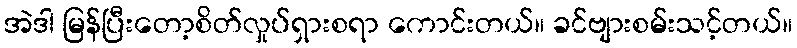
အဲဒါ မြန်ပြီးတော့စိတ်လှုပ်ရှားစရာ ကောင်းတယ်။ ခင်ဗျားစမ်းသင့်တယ်။